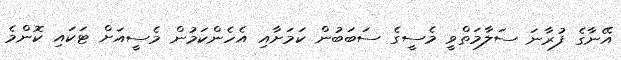
އޭނާގެ ފުރާނަ ސަލާމަތްވީ މެސީގެ ސަބަބުން ކަމަށާއި އެހެންކަމުން މެސީއަށް ޓަކައި ކޮންމެ